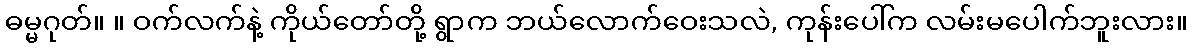
ဓမ္မဂုတ်။ ။ ဝက်လက်နဲ့ ကိုယ်တော်တို့ ရွာက ဘယ်လောက်ဝေးသလဲ, ကုန်းပေါ်က လမ်းမပေါက်ဘူးလား။